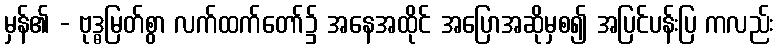
မှန်၏ - ဗုဒ္ဓမြတ်စွာ လက်ထက်တော်၌ အနေအထိုင် အပြောအဆိုမှစ၍ အပြင်ပန်းပြ ကလည်း